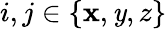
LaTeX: i,j\in\{ \mathbf{x},\mathit{y},z\}